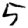
Digit: 5